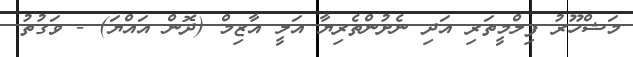
މަޝްހޫރު ފިލްމީތަރި އަދި ނެށުންތެރިޔާ އަލީ އާޒިމް (ދޮން އައްޔަ) - ވަގުތު